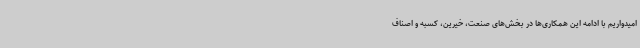
امیدواریم با ادامه این همکاری‌ها در بخش‌های صنعت، خیرین، کسبه و اصناف